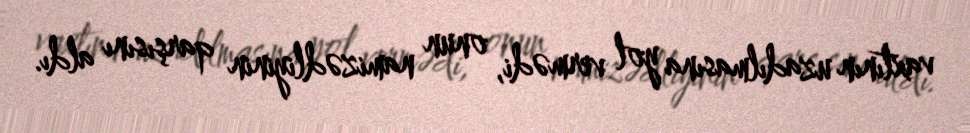
vaxtının uzadılmasına yol vermədi, onun namizədliyinin qarşısını aldı.